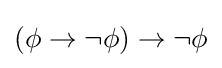
\left(\phi \to \lnot \phi \right)\to \lnot \phi